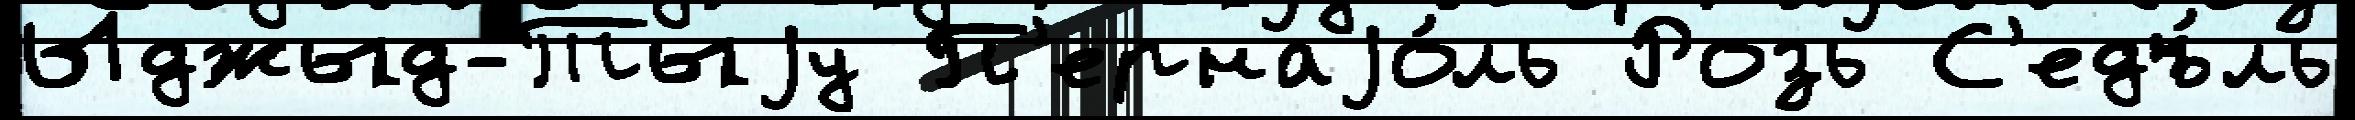
Ыджыд-Тыjу П'ернаjо́ль Розь С'едъ́ль